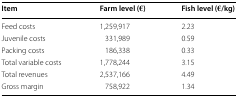
| Item | Farm level (€) | Fish level (€/kg) |
 | --- | --- | --- |
 | Feed costs | 1,259,917 | 2.23 |
 | Juvenile costs | 331,989 | 0.59 |
 | Packing costs | 186,338 | 0.33 |
 | Total variable costs | 1,778,244 | 3.15 |
 | Total revenues | 2,537,166 | 4.49 |
 | Gross margin | 758,922 | 1.34 |